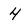
Character: 4